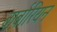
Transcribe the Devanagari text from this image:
बार्बारियन